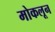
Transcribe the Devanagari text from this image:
मोकलून